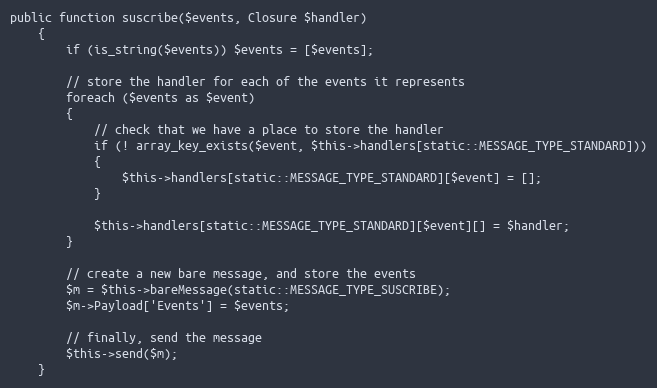
Language: PHP
public function suscribe($events, Closure $handler)
	{
		if (is_string($events)) $events = [$events];

		// store the handler for each of the events it represents
		foreach ($events as $event)
		{
			// check that we have a place to store the handler
			if (! array_key_exists($event, $this->handlers[static::MESSAGE_TYPE_STANDARD]))
			{
				$this->handlers[static::MESSAGE_TYPE_STANDARD][$event] = [];
			}

			$this->handlers[static::MESSAGE_TYPE_STANDARD][$event][] = $handler;
		}

		// create a new bare message, and store the events
		$m = $this->bareMessage(static::MESSAGE_TYPE_SUSCRIBE);
		$m->Payload['Events'] = $events;

		// finally, send the message
		$this->send($m);
	}